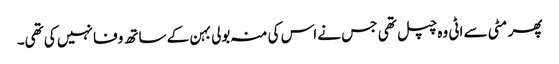
پھر مٹی سے اٹی وہ چپل تھی جس نے اس کی منہ بولی بہن کے ساتھ وفا نہیں کی تھی۔